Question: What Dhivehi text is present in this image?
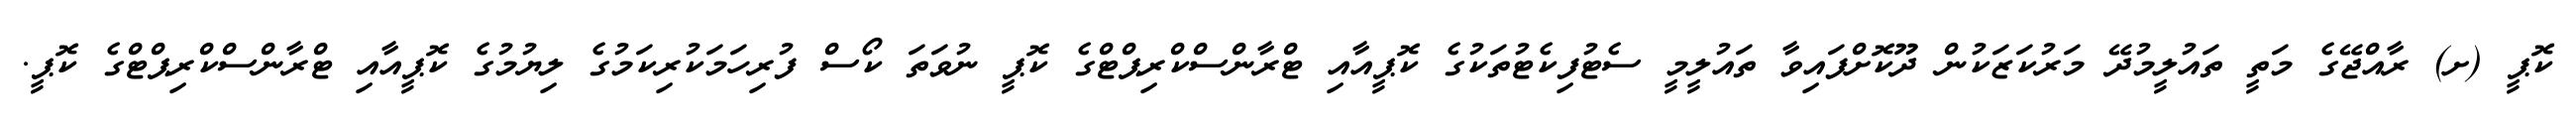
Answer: ކޮޕީ (ށ) ރާއްޖޭގެ މަތީ ތައުލީމުދޭ މަރުކަޒަކުން ދޫކޮށްފައިވާ ތައުލީމީ ސެޓުފިކެޓުތަކުގެ ކޮޕީއާއި ޓްރާންސްކްރިޕްޓްގެ ކޮޕީ ނުވަތަ ކޯސް ފުރިހަމަކުރިކަމުގެ ލިޔުމުގެ ކޮޕީއާއި ޓްރާންސްކްރިޕްޓްގެ ކޮޕީ.